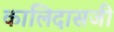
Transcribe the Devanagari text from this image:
कालिदासजी